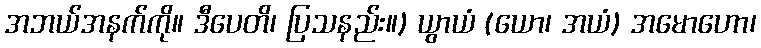
အဘယ်အနက်ကို။ ဒီပေတိ၊ ပြသနည်း။) ယွာယံ (ယော၊ အယံ) အမောဟော၊